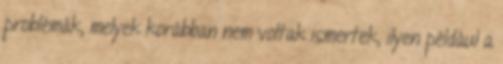
problémák, melyek korábban nem voltak ismertek, ilyen például a